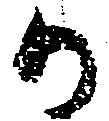
か